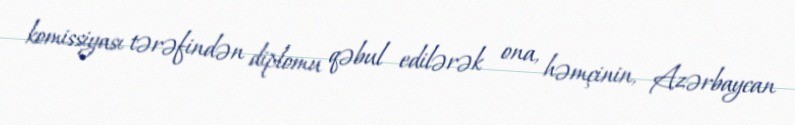
komissiyası tərəfindən diplomu qəbul edilərək ona, həmçinin, Azərbaycan